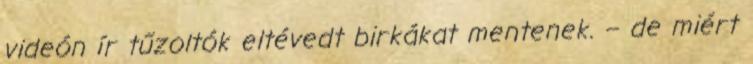
videón ír tűzoltók eltévedt birkákat mentenek. – de miért